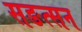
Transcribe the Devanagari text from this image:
सङत्सन